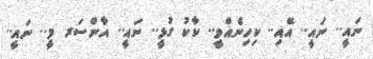
ނައީ.. ނައީ.. އޭއި.. ކިހިނެއްވީ.. ކާކު ގުޅީ.. ނައީ.. އާންސަރ މީ.. ނައީ..